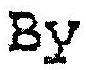
BY